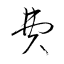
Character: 費